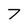
Character: 7